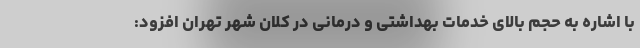
با اشاره به حجم بالای خدمات بهداشتی و درمانی در کلان شهر تهران افزود: